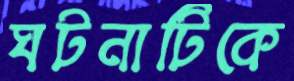
ঘটনাটিকে